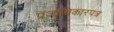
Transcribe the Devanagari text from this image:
प्रजाधिकारपत्र